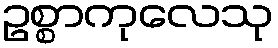
ဥစ္စာကုလေသု